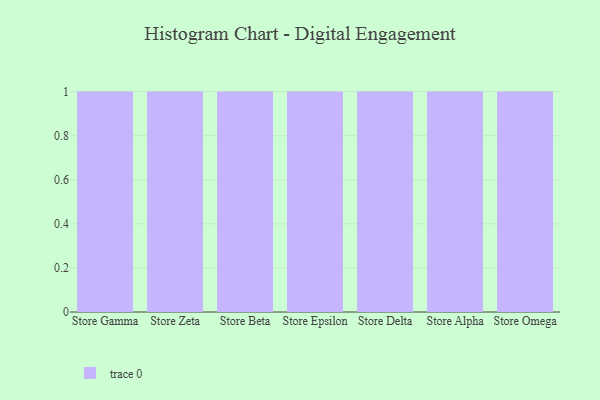
{"axis": {"x": "Store", "y": "Waste Production (Tons)"}, "legend": [""], "data": [{"x": "Store Gamma", "y": 60, "type": ""}, {"x": "Store Zeta", "y": 93, "type": ""}, {"x": "Store Beta", "y": 55, "type": ""}, {"x": "Store Epsilon", "y": 84, "type": ""}, {"x": "Store Delta", "y": 78, "type": ""}, {"x": "Store Alpha", "y": 2, "type": ""}, {"x": "Store Omega", "y": 32, "type": ""}]}